Punjab Mental Hospital Lahore 1922-31 - 1922-1931
Year: 1922
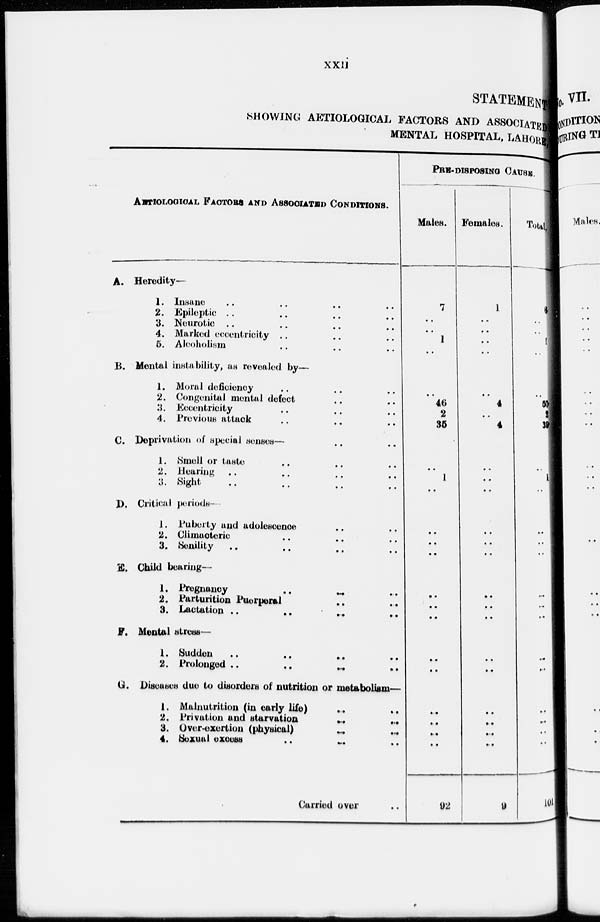
xxii
STATEMENT
SHOWING AETIOLOGICAL FACTORS AND ASSOCIATE
MENTAL HOSPITAL, LAHORE
AETIOLOGICAL FACTORS AND ASSOCIATED CONDITIONS.
A. Heredity—
1. Insane .. .. .. ..
2. Epileptic .. .. .. ..
3. Neurotic .. .. .. ..
4. Marked eccentricity .. .. ..
6. Alcoholism
..
..
..
..
B. Mental instability, as revealed by—
1. Moral deficiency .. .. ..
2. Congenital mental defect .. ..
3. Eccentricity .. ..
4. Previous attack .. .. ..
C. Deprivation of special senses— .. ..
1. Smell or taste .. .. ..
2. Hearing .. .. .. ..
3.
Sight
..
..
..
..
D. Critical periods—
1. Puberty and adolescence .. ..
2. Climacteric .. .. ..
3. Senility .. .. .. ..
E. Child bearing—
1. Pregnancy .. .. ..
2. Parturition Puerperal .. ..
3. Lactation.. .. .. ..
F. Mental stress—
1. Sudden .. .. .. ..
2. Prolonged.. .. .. ..
G. Diseases due to disorders of nutrition or metabolism—
1. Malnutrition (in early life) .. ..
2. Privation and starvation .. ..
3. Over-exertion (physical) .. ..
4. Sexual excess .. .. ..
Carried over ..
PRE-DISPOSING CAUSE.
Males.
7
..
..
1
..
..
46
2
35
..
1
..
..
..
..
..
..
..
..
..
..
..
..
92
Females.
1
..
..
..
..
..
4
..
4
..
..
..
..
..
..
..
..
..
..
..
..
..
..
9
Total.
8
..
..
1
..
..
52
2
39
..
1
..
..
..
..
..
..
..
..
..
..
..
..
101